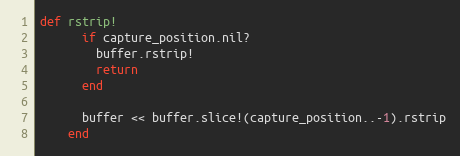
Language: Ruby
def rstrip!
      if capture_position.nil?
        buffer.rstrip!
        return
      end

      buffer << buffer.slice!(capture_position..-1).rstrip
    end